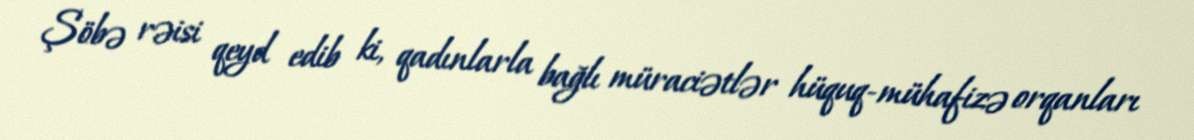
Şöbə rəisi qeyd edib ki, qadınlarla bağlı müraciətlər hüquq-mühafizə orqanları